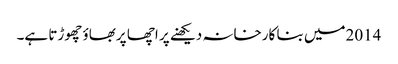
2014میں بنا کارخانہ دیکھنے پر اچھا پربھاؤ چھوڑتا ہے۔